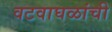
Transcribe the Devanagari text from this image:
वटवाघळांची